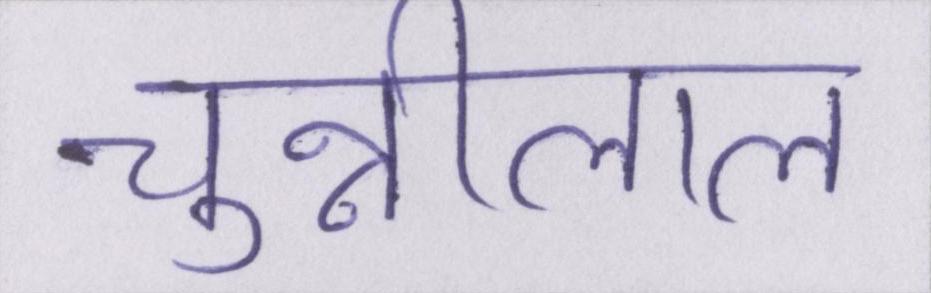
चुन्नीलाल